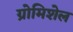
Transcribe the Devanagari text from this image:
ग्रोमिशेल